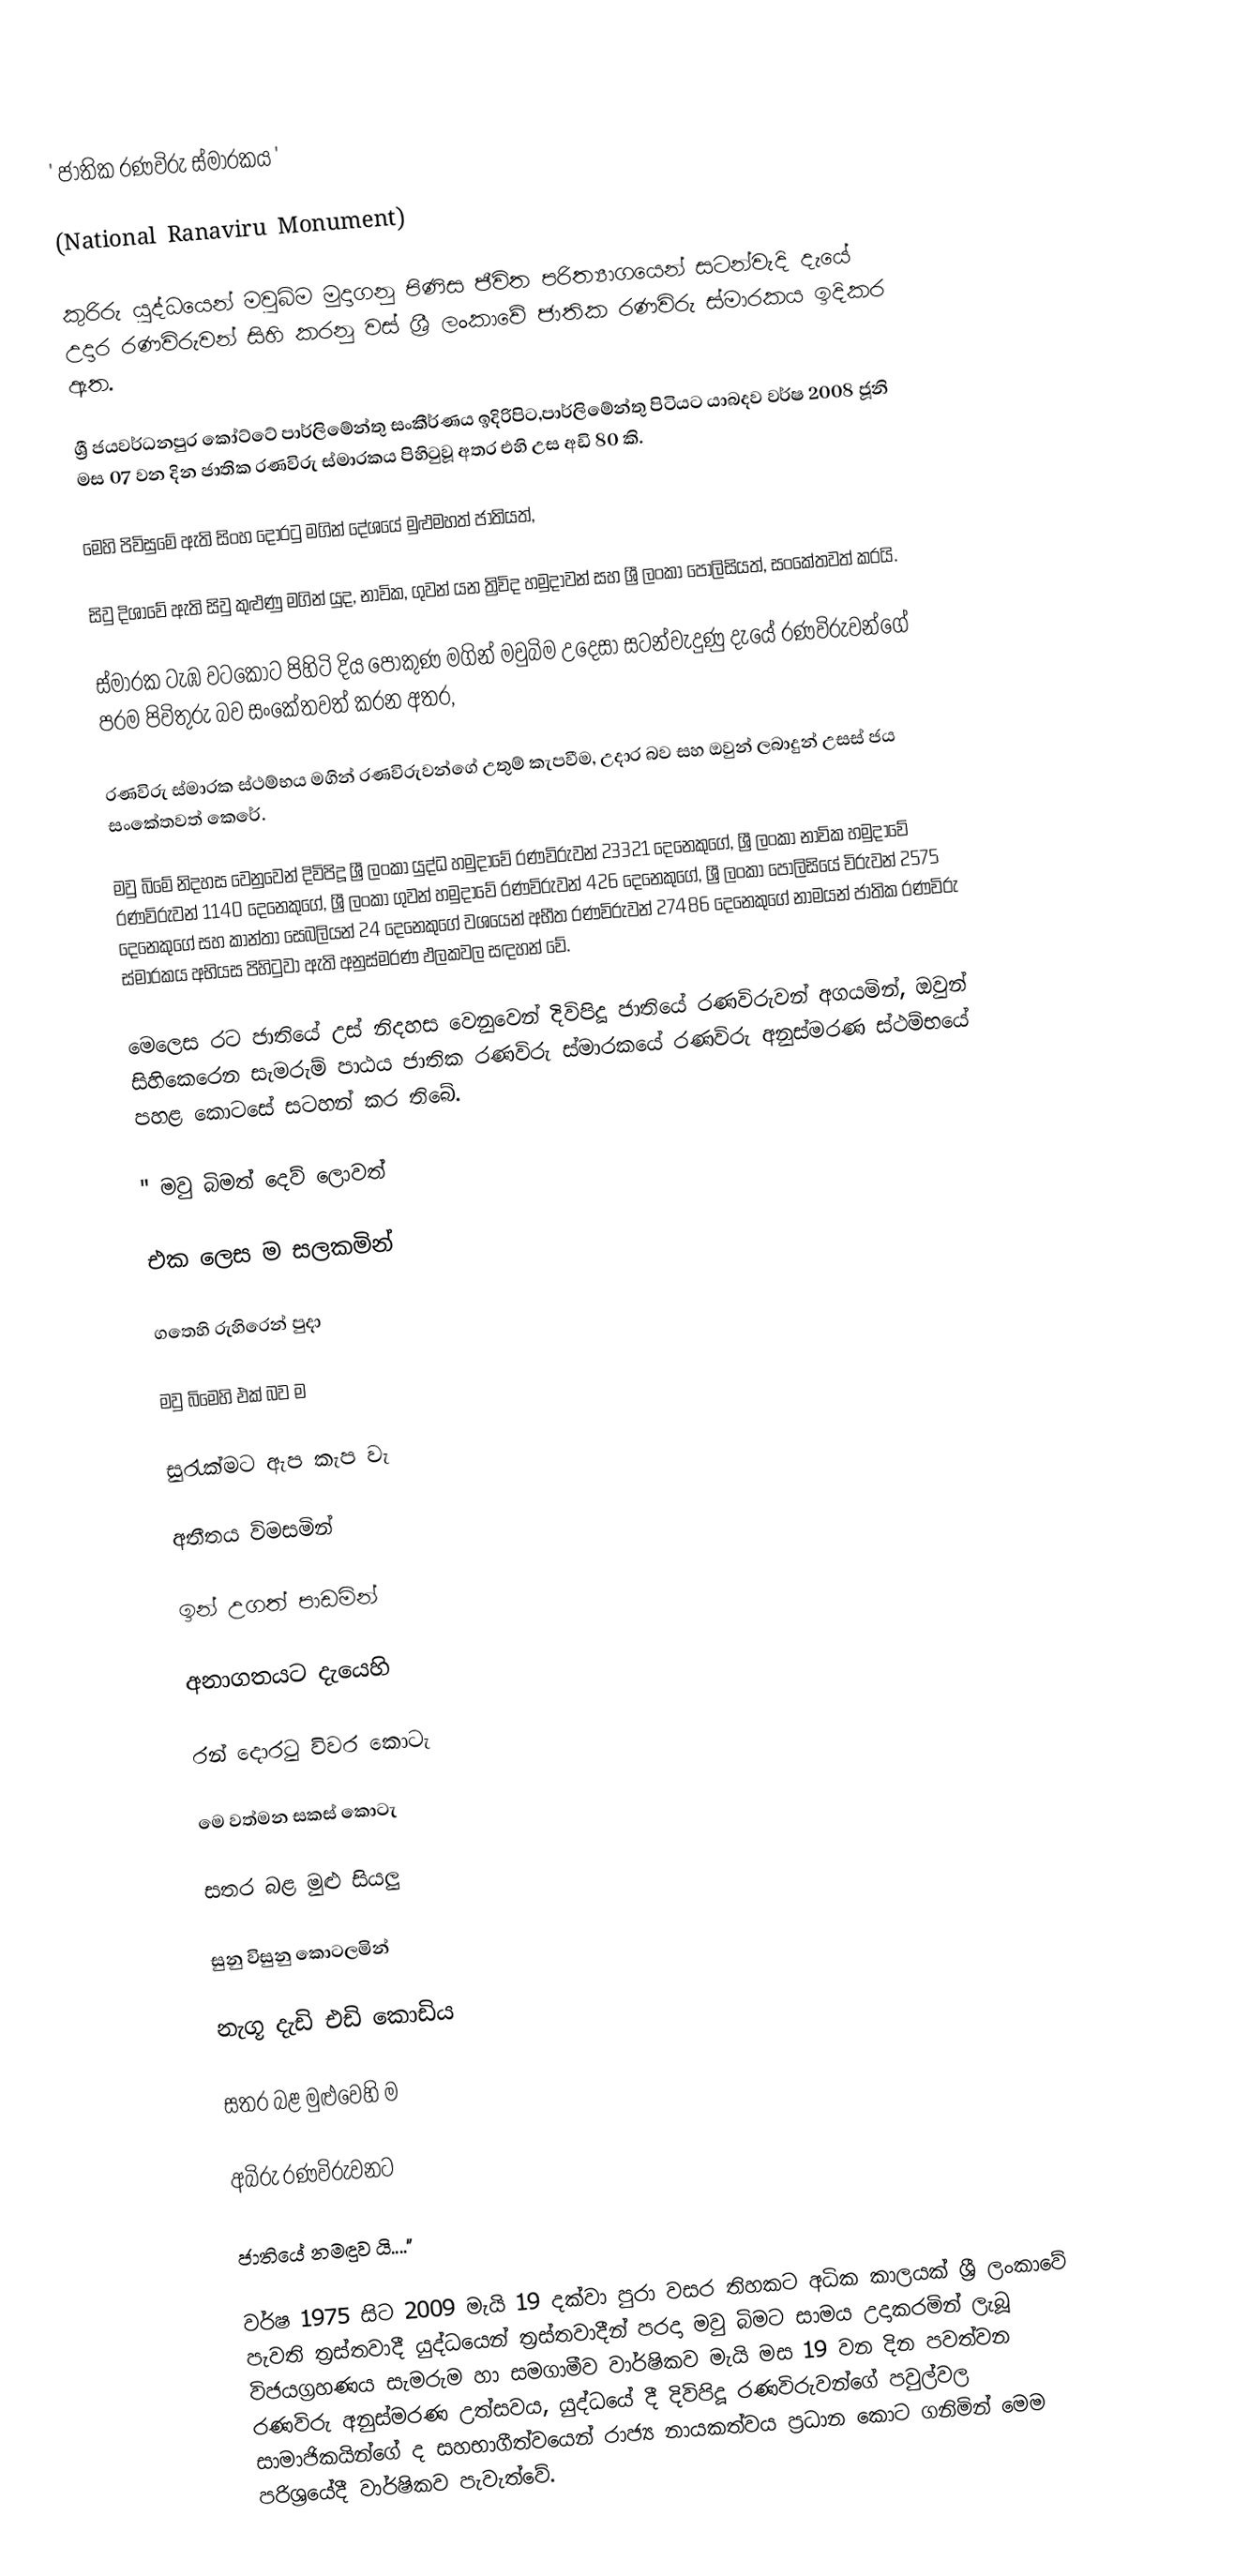
' ජාතික රණවිරු ස්මාරකය '

(National Ranaviru Monument)

කුරිරු යුද්ධයෙන් මවුබිම මුදාගනු පිණිස ජීවිත පරිත්‍යාගයෙන් සටන්වැදි දැයේ උදාර රණවිරුවන් සිහි කරනු වස් ශ්‍රී ලංකාවේ ජාතික රණවිරු ස්මාරකය ඉදිකර ඇත.

ශ්‍රී ජයවර්ධනපුර කෝට්ටේ පාර්ලිමේන්තු සංකීර්ණය ඉදිරිපිට,පාර්ලිමේන්තු පිටියට යාබදව වර්ෂ 2008 ජූනි මස 07 වන දින ජාතික රණවිරු ස්මාරකය පිහිටුවූ අතර එහි උස අඩි 80 කි.

මෙහි පිවිසුමේ ඇති සිංහ දොරටු මගින් දේශයේ මුළුමහත් ජාතියත්,

සිවු දිශාවේ ඇති සිවු කුළුණු මගින් යුද, නාවික, ගුවන් යන ත්‍රිවිද හමුදාවන් සහ ශ්‍රී ලංකා පොලිසියත්, සංකේතවත් කරයි.

ස්මාරක ටැඹ වටකොට පිහිටි දිය පොකුණ මගින් මවුබිම උදෙසා සටන්වැදුණු දැයේ රණවිරුවන්ගේ පරම පිවිතුරු බව සංකේතවත් කරන අතර,

රණවිරු ස්මාරක ස්ථම්භය මගින් රණවිරුවන්ගේ උතුම් කැපවීම, උදාර බව සහ ඔවුන් ලබාදුන් උසස් ජය සංකේතවත් කෙරේ.

මවු බිමේ නිදහස වෙනුවෙන් දිවිපිදූ ශ්‍රී ලංකා යුද්ධ හමුදාවේ රණවිරුවන් 23321 දෙනෙකුගේ, ශ්‍රී ලංකා නාවික හමුදාවේ රණවිරුවන් 1140 දෙනෙකුගේ, ශ්‍රී ලංකා ගුවන් හමුදාවේ රණවිරුවන් 426 දෙනෙකුගේ, ශ්‍රී ලංකා පොලිසියේ විරුවන් 2575 දෙනෙකුගේ සහ කාන්තා සෙබලියන් 24 දෙනෙකුගේ වශයෙන් අභීත රණවිරුවන් 27486 දෙනෙකුගේ නාමයන් ජාතික රණවිරු ස්මාරකය අභියස පිහිටුවා ඇති අනුස්මරණ ඵලකවල සඳහන් වේ.

මෙලෙස රට ජාතියේ උස් නිදහස වෙනුවෙන් දිවිපිදූ ජාතියේ රණවිරුවන් අගයමින්, ඔවුන් සිහිකෙරෙන සැමරුම් පාඨය ජාතික රණවිරු ස්මාරකයේ රණවිරු අනුස්මරණ ස්ථම්භයේ පහළ කොටසේ සටහන් කර තිබේ.

      " මවු බිමත් දෙව් ලොවත්

        එක ලෙස ම සලකමින්

        ගතෙහි රුහිරෙන් පුදා

        මවු බිමෙහි එක් බව ම

        සුරැක්මට ඇප කැප වැ

        අතීතය විමසමින්

        ඉන් උගත් පාඩමින්

        අනාගතයට දැයෙහි

        රන් දොරටු විවර කොටැ

        මෙ වත්මන සකස් කොටැ

        සතර බළ මුළු සියලු

        සුනු විසුනු කොටලමින්

        නැගූ දැඩි එඩි කොඩිය

        සතර බළ මුළුවෙහි ම

        අබිරු රණවිරුවනට

         ජාතියේ නමඳුව යි...."

වර්ෂ 1975 සිට 2009 මැයි 19 දක්වා පුරා වසර තිහකට අධික කාලයක් ශ්‍රී ලංකාවේ පැවති ත්‍රස්තවාදී ‍යුද්ධයෙන් ත්‍රස්තවාදීන් පරදා මවු බිමට සාමය උදාකරමින් ලැබූ විජයග්‍රහණය සැමරුම හා සමගාමීව වාර්ෂිකව මැයි මස 19 වන දින පවත්වන රණවිරු අනුස්මරණ උත්සවය, යුද්ධයේ දී දිවිපිදූ රණවිරුවන්ගේ පවුල්වල සාමාජිකයින්ගේ ද සහභාගීත්වයෙන් රාජ්‍ය නායකත්වය ප්‍රධාන කොට ගනිමින් මෙම පරිශ්‍රයේදී වාර්ෂිකව පැවැත්වේ.